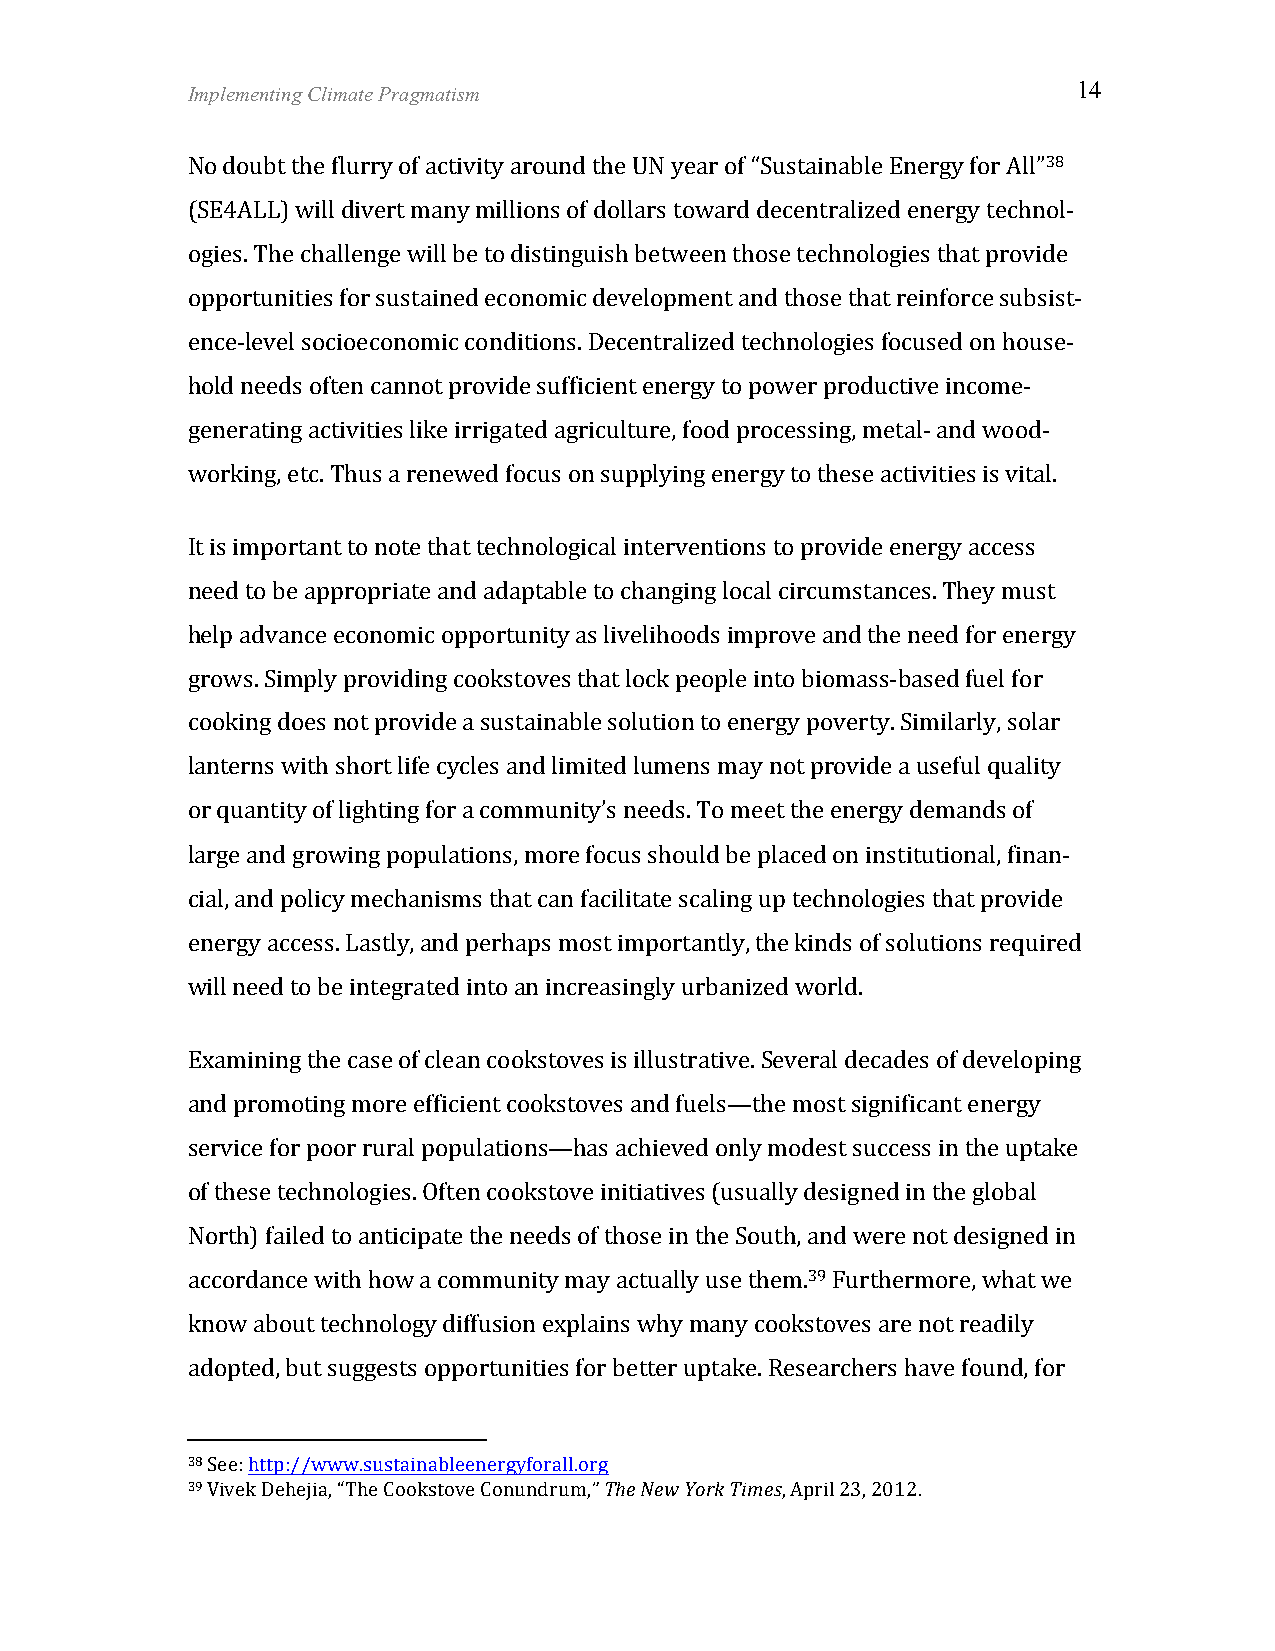
Implementing Climate Pragmatism                            14
 No doubt the flurry of activity around the UN year of “Sustainable Energy for All”38
 (SE4ALL) will divert many millions of dollars toward decentralized energy technol-­‐
 ogies. The challenge will be to distinguish between those technologies that provide
 opportunities for sustained economic development and those that reinforce subsist-­‐
 ence-­‐level socioeconomic conditions. Decentralized technologies focused on house-­‐
 hold needs often cannot provide sufficient energy to power productive income-­‐
 generating activities like irrigated agriculture, food processing, metal-­‐ and wood-­‐
 working, etc. Thus a renewed focus on supplying energy to these activities is vital.
 It is important to note that technological interventions to provide energy access
 need to be appropriate and adaptable to changing local circumstances. They must
 help advance economic opportunity as livelihoods improve and the need for energy
 grows. Simply providing cookstoves that lock people into biomass-­‐based fuel for
 cooking does not provide a sustainable solution to energy poverty. Similarly, solar
 lanterns with short life cycles and limited lumens may not provide a useful quality
 or quantity of lighting for a community’s needs. To meet the energy demands of
 large and growing populations, more focus should be placed on institutional, finan-­‐
 cial, and policy mechanisms that can facilitate scaling up technologies that provide
 energy access. Lastly, and perhaps most importantly, the kinds of solutions required
 will need to be integrated into an increasingly urbanized world.
 Examining the case of clean cookstoves is illustrative. Several decades of developing
 and promoting more efficient cookstoves and fuels—the most significant energy
 service for poor rural populations—has achieved only modest success in the uptake
 of these technologies. Often cookstove initiatives (usually designed in the global
 North) failed to anticipate the needs of those in the South, and were not designed in
 accordance with how a community may actually use them.39 Furthermore, what we
 know about technology diffusion explains why many cookstoves are not readily
 adopted, but suggests opportunities for better uptake. Researchers have found, for
 38 See: http://www.sustainableenergyforall.org
 39 Vivek Dehejia, “The Cookstove Conundrum,” The New York Times, April 23, 2012.